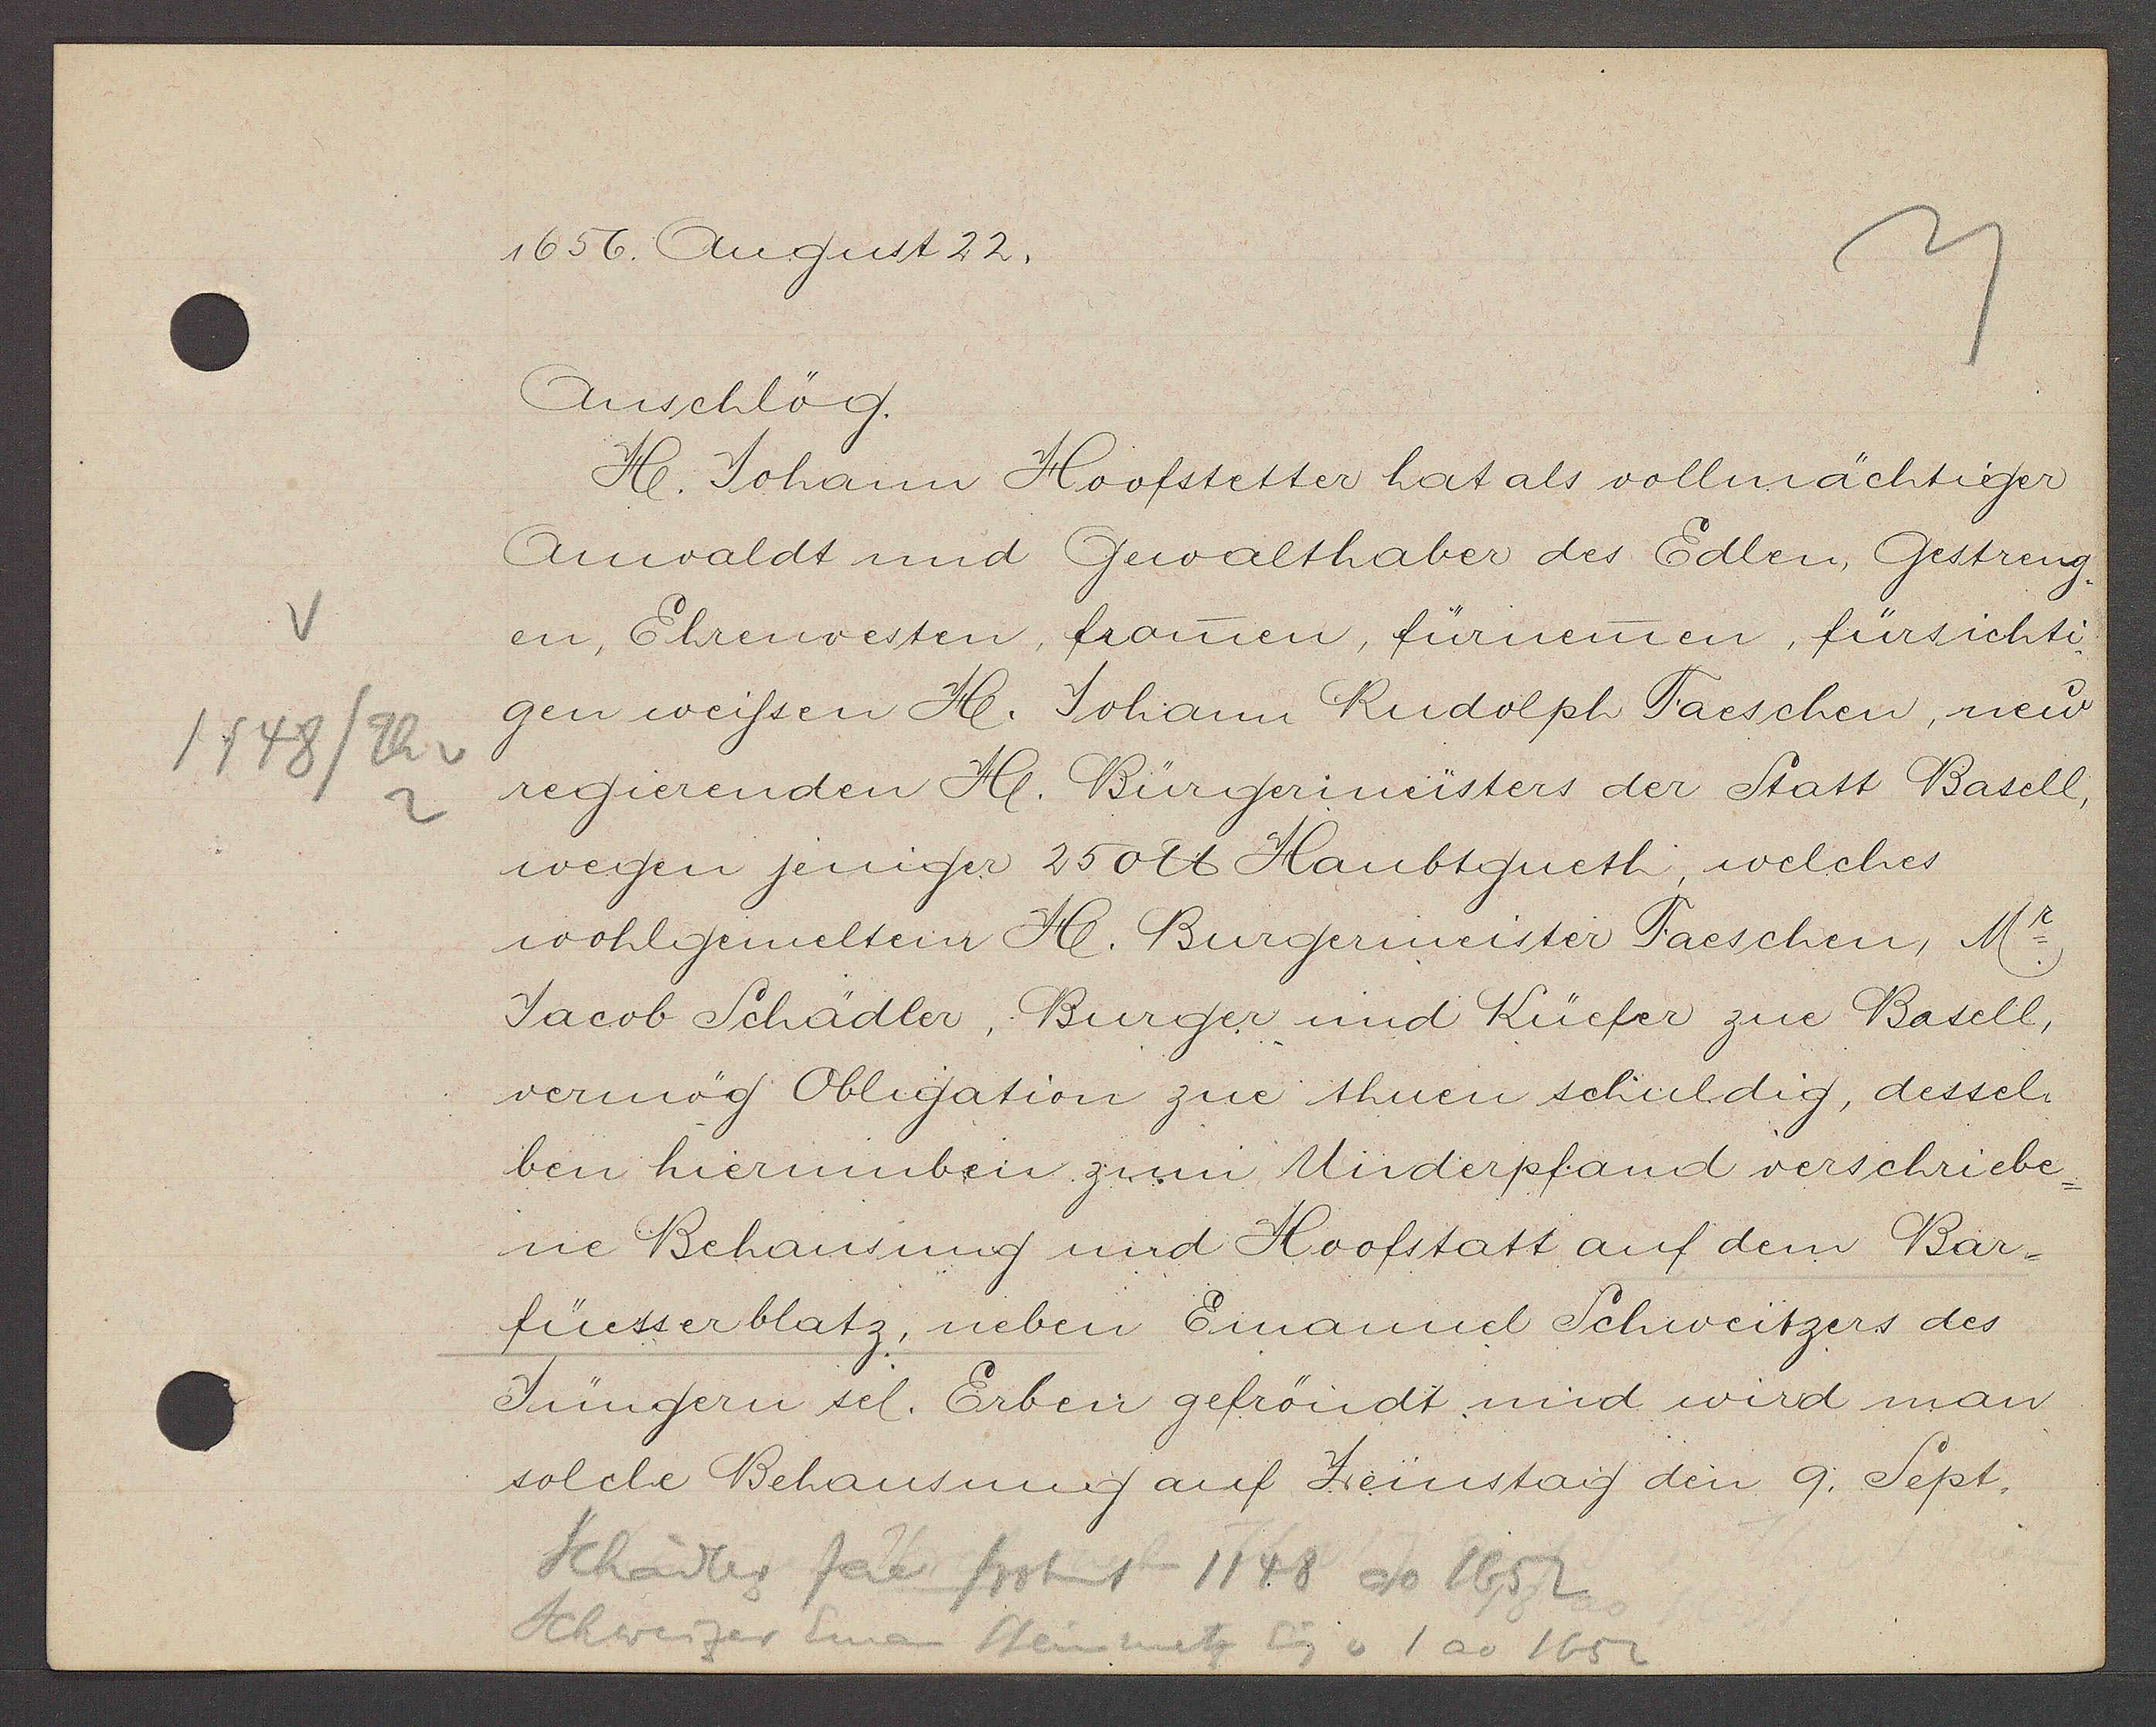
Transcript:
1148/Th v

1656. August 22.

Anschlög.
H. Johann Hoofstetter hat als vollmächtiger
Anvaldt und Gewalthaber des Edlen, Gestreng¬
en, Ehrenvesten, frauen, fürnemen, fürsichti¬
gen weissen H. Johann Rudolph Taeschen, neu
regierenden H. Bürgerimeisters der Statt Basell,
wegen jeniger 250℔ Haubtgueth, welches
wohlgemeltem H. Burgermeister Faeschen, Mr.
Jacob Schädler, Burger und Küefer zue Basell,
vermög Obligation zue thuen schuldig, dessel¬
ben hierumbeir zum Underpfand verschriebe¬
ne Behausung und Hoofstatt auf dem Bar¬
füesserblatz, neben Emanuel Schweitzers des
Jüngern sel. Erben gefröndt und wird man
solche Behausung auf Zeinstag den 9. Sept.

Schädler Jac frohnt 1148 ao 1652
Schweizer Eman Steinmetz Eig v 1 ao 1652